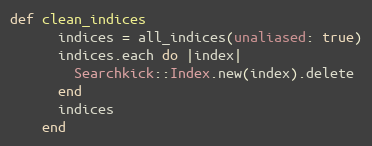
Language: Ruby
def clean_indices
      indices = all_indices(unaliased: true)
      indices.each do |index|
        Searchkick::Index.new(index).delete
      end
      indices
    end